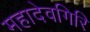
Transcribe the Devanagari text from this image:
महादेवगिरि